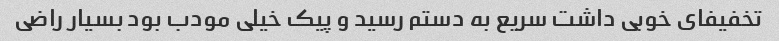
تخفیفای خوبی داشت سریع به دستم رسید و پیک خیلی مودب بود بسیار راضی